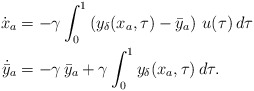
\begin{align*}\dot{{x}}_a &=-\gamma \int_{0}^{1} \left ( y_\delta({x_a},\tau)-\bar{y}_a \right ) \, u(\tau)\,d\tau\\\dot{\bar{y}}_a & = -\gamma\,\bar{y}_a + \gamma\int_{0}^{1}y_\delta ({x}_a,\tau)\,d\tau.\end{align*}